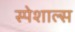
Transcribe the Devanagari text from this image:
स्पेशाल्स